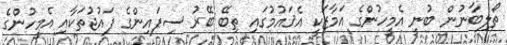
ތޯލިބާނުން ބުނީ އެމީހުންގެ އަމާޒަކީ އެޤައުމުގައި ތިބޭ ބޭރު ސިފައިންގެ ފައުޖުތަކާއި އެމީހުންގެ